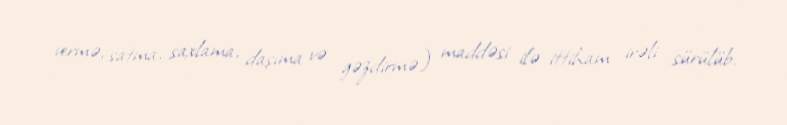
vermə, satma, saxlama, daşıma və gəzdirmə) maddəsi ilə ittiham irəli sürülüb.